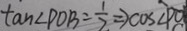
\tan \angle P O B = \frac { 1 } { 2 } \Rightarrow \cos \angle P O